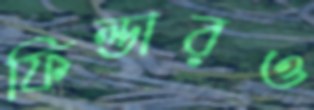
ফিল্ডারও